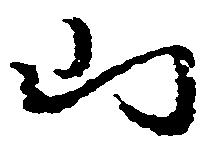
山